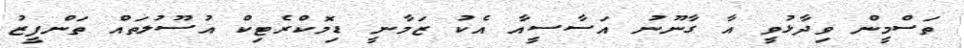
ތަސްމީން ވިދާޅުވީ އާ ގާނޫނު އަސާސީއާ އެކު ޒަމާނީ ޑިމޮކްރެޓިކް އުސޫލުތައް ތަންފީޒު